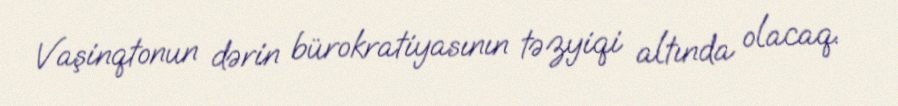
Vaşinqtonun dərin bürokratiyasının təzyiqi altında olacaq.